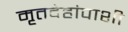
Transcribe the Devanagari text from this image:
मृतदेहांपाशी